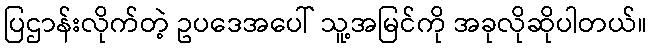
ပြဌာန်းလိုက်တဲ့ ဥပဒေအပေါ် သူ့အမြင်ကို အခုလိုဆိုပါတယ်။